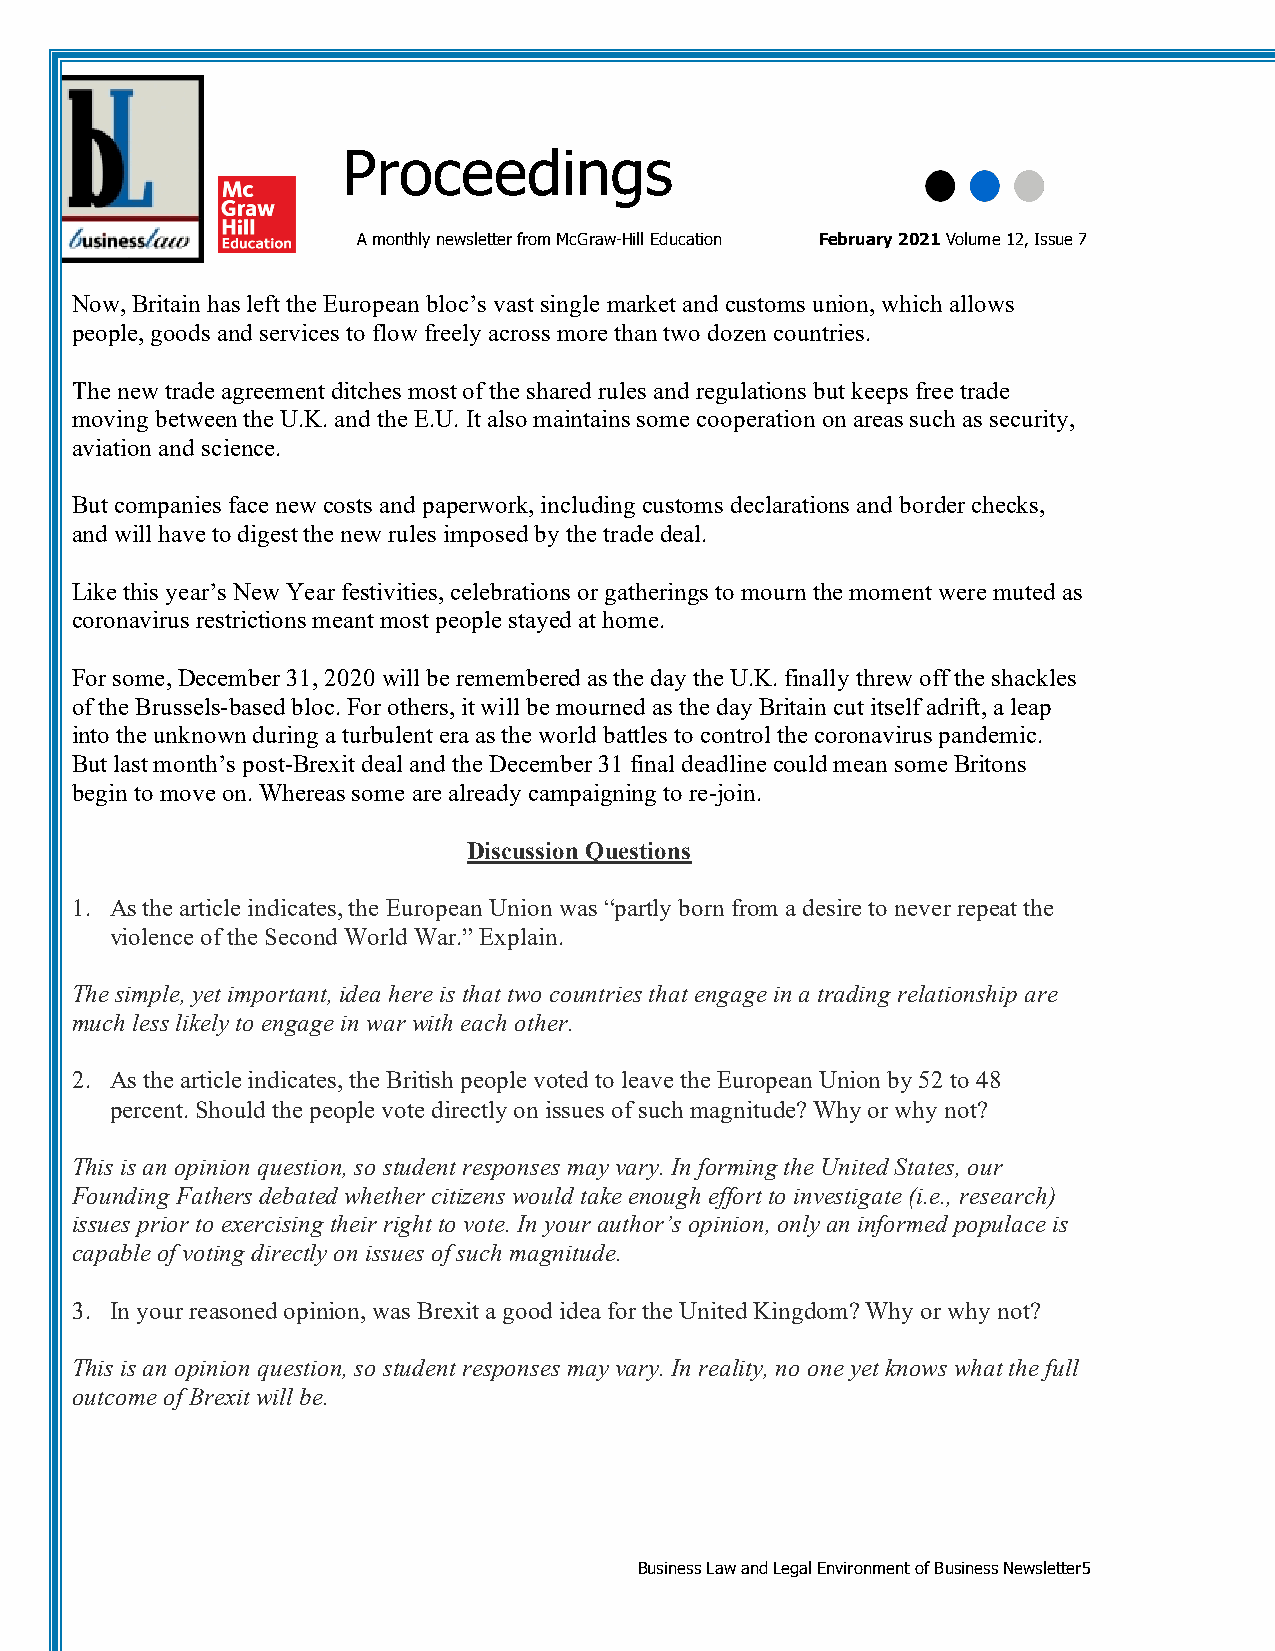
Proceedings
 A monthly newsletter from McGraw-Hill Education February 2021 Volume 12, Issue 7
 Now, Britain has left the European bloc’s vast single market and customs union, which allows
 people, goods and services to flow freely across more than two dozen countries.
 The new trade agreement ditches most of the shared rules and regulations but keeps free trade
 moving between the U.K. and the E.U. It also maintains some cooperation on areas such as security,
 aviation and science.
 But companies face new costs and paperwork, including customs declarations and border checks,
 and will have to digest the new rules imposed by the trade deal.
 Like this year’s New Year festivities, celebrations or gatherings to mourn the moment were muted as
 coronavirus restrictions meant most people stayed at home.
 For some, December 31, 2020 will be remembered as the day the U.K. finally threw off the shackles
 of the Brussels-based bloc. For others, it will be mourned as the day Britain cut itself adrift, a leap
 into the unknown during a turbulent era as the world battles to control the coronavirus pandemic.
 But last month’s post-Brexit deal and the December 31 final deadline could mean some Britons
 begin to move on. Whereas some are already campaigning to re-join.
 Discussion Questions
 1. As the article indicates, the European Union was “partly born from a desire to never repeat the
 violence of the Second World War.” Explain.
 The simple, yet important, idea here is that two countries that engage in a trading relationship are
 much less likely to engage in war with each other.
 2. As the article indicates, the British people voted to leave the European Union by 52 to 48
 percent. Should the people vote directly on issues of such magnitude? Why or why not?
 This is an opinion question, so student responses may vary. In forming the United States, our
 Founding Fathers debated whether citizens would take enough effort to investigate (i.e., research)
 issues prior to exercising their right to vote. In your author’s opinion, only an informed populace is
 capable of voting directly on issues of such magnitude.
 3. In your reasoned opinion, was Brexit a good idea for the United Kingdom? Why or why not?
 This is an opinion question, so student responses may vary. In reality, no one yet knows what the full
 outcome of Brexit will be.
 Business Law and Legal Environment of Business Newsletter5